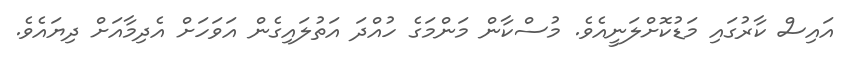
އައިސް ކާރުގައި މަޑުކޮށްލަނީއެވެ. މުސްކާން މަންމަގެ ހުއްދަ އަތުލައިގެން އަވަހަށް އެދިމާއަށް ދިޔައެވެ.